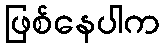
ဖြစ်နေပါက